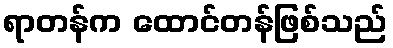
ရာတန်က ထောင်တန်ဖြစ်သည်